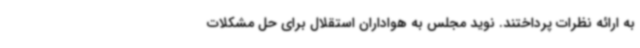
به ارائه نظرات پرداختند. نوید مجلس به هواداران استقلال برای حل مشکلات